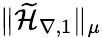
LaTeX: \| \widetilde{\mathcal{H}}_{\nabla,1}\| _{\mu}